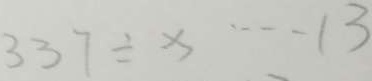
3 3 7 \div x \cdots 1 3